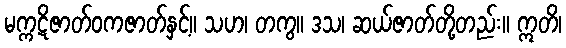
မက္ကဋိဇာတ်ဝကဇာတ်နှင့်။ သဟ၊ တကွ။ ဒသ၊ ဆယ်ဇာတ်တို့တည်း။ ဣတိ၊